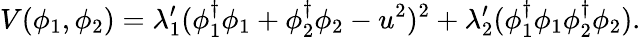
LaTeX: V(\phi_{1},\phi_{2})=\lambda_{1}^{\prime}(\phi_{1}^{\dagger}\phi_{1}+\phi_{2}^{\dagger}\phi_{2}-u^{2})^{2}+\lambda_{2}^{\prime}(\phi_{1}^{\dagger}\phi_{1}\phi_{2}^{\dagger}\phi_{2}).